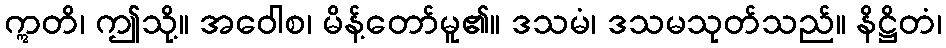
ဣတိ၊ ဤသို့။ အဝေါစ၊ မိန့်တော်မူ၏။ ဒသမံ၊ ဒသမသုတ်သည်။ နိဋ္ဌိတံ၊